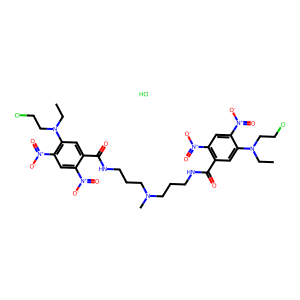
SMILES: CCN(CCCl)c1cc(C(=O)NCCCN(C)CCCNC(=O)c2cc(N(CC)CCCl)c([N+](=O)[O-])cc2[N+](=O)[O-])c([N+](=O)[O-])cc1[N+](=O)[O-].Cl
Inhibits HIV replication: No